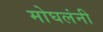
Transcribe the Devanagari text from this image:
मोघलंनी